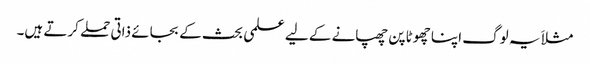
مثلاَ یہ لوگ اپنا چھوٹا پن چھپانے کے لیے علمی بحث کے بجائے ذاتی حملے کرتے ہیں۔